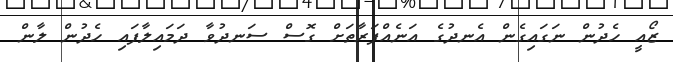
ޒޯއީ ހެދުން ނަގައިގެން އެނދުގެ އަނެއްފަރާތަށް ގޮސް ސަނދުވާ ދަމައިލާފައި ހެދުން ލާން